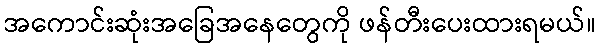
အကောင်းဆုံးအခြေအနေတွေကို ဖန်တီးပေးထားရမယ်။